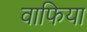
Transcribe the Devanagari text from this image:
वाफिया